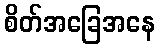
စိတ်အခြေအနေ